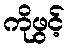
ကိုဖွင့်